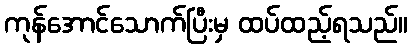
ကုန်အောင်သောက်ပြီးမှ ထပ်ထည့်ရသည်။